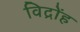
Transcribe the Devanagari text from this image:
विद्रोंह